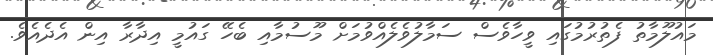
މައުލޫމާތު ފެތުރުމުގައި ވީހާވެސް ސަމާލުވެލެއްވުމަށް މޫސުމާއި ބެހޭ ގައުމީ އިދާރާ އިން އެދެއެވެ.